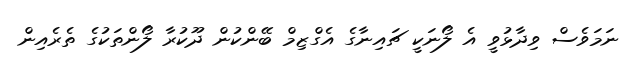
ނަމަވެސް ވިދާޅުވީ އެ ލޯނަކީ ޗައިނާގެ އެގްޒިމް ބޭންކުން ދޫކުރާ ލޯންތަކުގެ ތެރެއިން